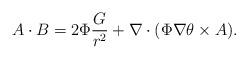
LaTeX: \begin{align*}A\cdot B=2\Phi \frac{G}{r^{2}}+\nabla \cdot ( \Phi\nabla \theta\times A ).\end{align*}